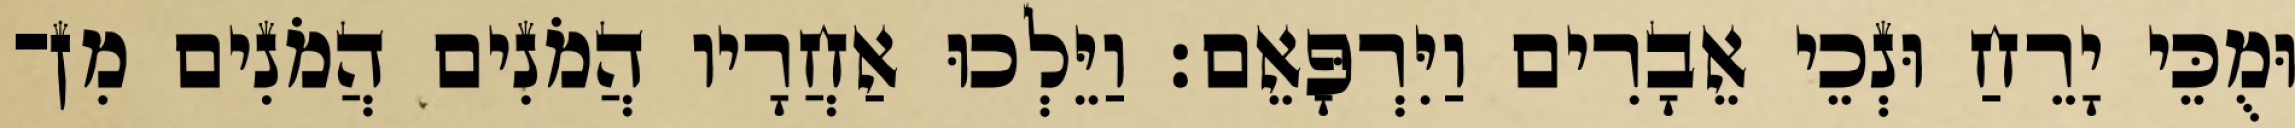
וּמֻכֵּי יָרֵחַ וּנְכֵי אֵבָרִים וַיִּרְפָּאֵם׃ וַיֵּלְכוּ אַחֲרָיו הֲמֹנִים הֲמֹנִים מִן־